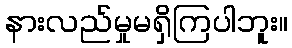
နားလည်မှုမရှိကြပါဘူး။